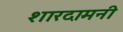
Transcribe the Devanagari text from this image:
शारदामनी